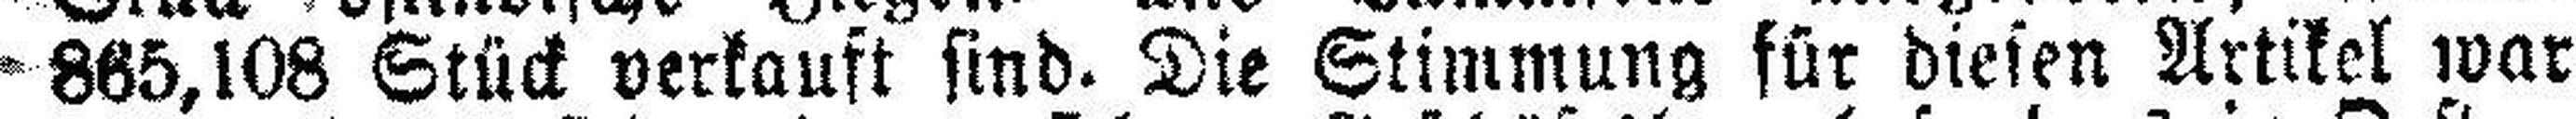
865,108 Stück verkauft sind. Die Stimmung für diesen Artikel war